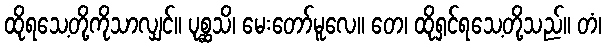
ထိုရသေ့တို့ကိုသာလျှင်။ ပုစ္ဆသိ၊ မေးတော်မူလေ။ တေ၊ ထိုရှင်ရသေ့တို့သည်။ တံ၊